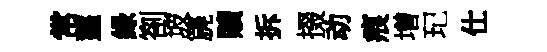
常虀緑劄坡篪贖拆掇动痕増玘仕